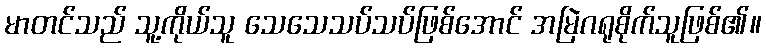
မာတင်သည် သူ့ကိုယ်သူ သေသေသပ်သပ်ဖြစ်အောင် အမြဲဂရုစိုက်သူဖြစ်၏။